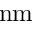
\mathrm { n m }